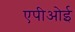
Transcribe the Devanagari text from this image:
एपीओई